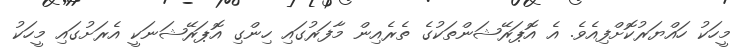
މީހަކު ހައްޔަރުކޮށްފިއެވެ. އެ އޮޕަރޭޝަންތަކުގެ ތެރެއިން މާފަރުގައި ހިންގި އޮޕަރޭޝަނަކީ އެރަށުގައި މީހަކު